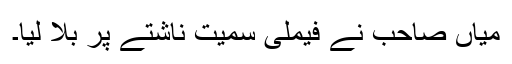
میاں صاحب نے فیملی سمیت ناشتے پر بلا لیا۔